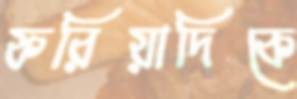
ফরিয়াদিকে